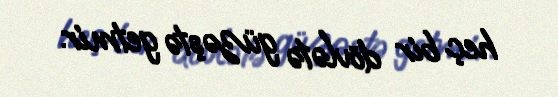
heç bir dövlətə güzəştə getmir.